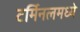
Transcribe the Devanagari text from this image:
टर्मिनलमध्ये